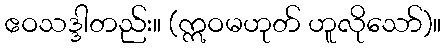
ဧဝသဒ္ဒါတည်း။ (ဣဝမဟုတ် ဟူလိုသော်)။